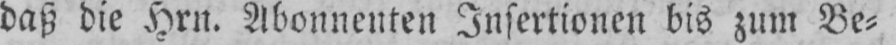
daß die Hrn. Abonnenten Insertionen bis zum Be⸗